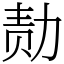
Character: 𪟝